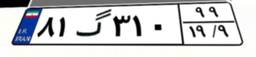
۴۵گ۷۱۸۱۵